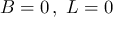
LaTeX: \, B = 0 \, , ~ L = 0